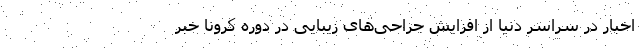
اخبار در سراسر دنیا از افزایش جراحی‌های زیبایی در دوره کرونا خبر